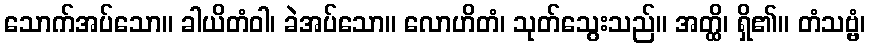
သောက်အပ်သော။ ခါယိတံဝါ၊ ခဲအပ်သော။ လောဟိတံ၊ သုတ်သွေးသည်။ အတ္ထိ၊ ရှိ၏။ တံသဗ္ဗံ၊